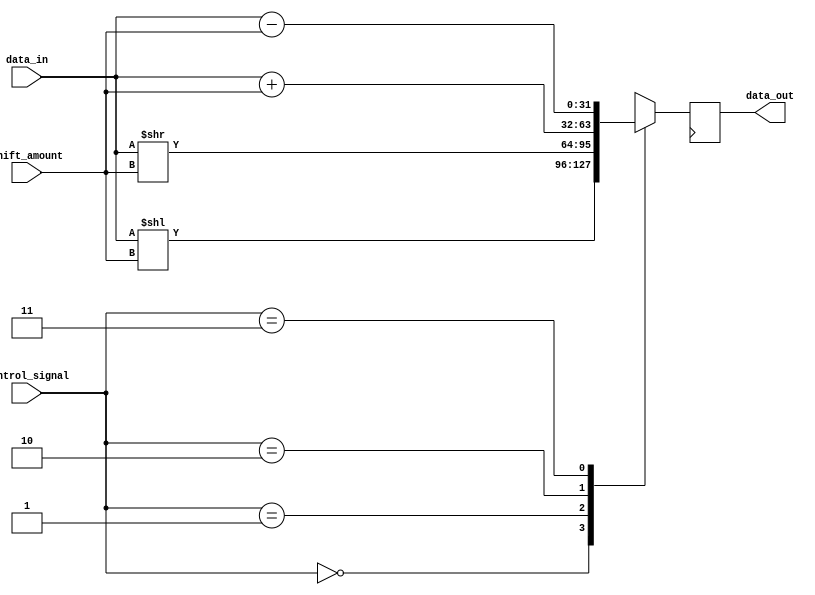
module barrel_shifter (
    input [31:0] data_in,
    input [4:0] shift_amount,
    input [1:0] control_signal,
    output reg [31:0] data_out
);

//define module inputs and outputs

//define internal signals
reg [31:0] temp_data;

//define barrel shifter logic
always @(*) begin
    case(control_signal)
        2'b00: temp_data = data_in << shift_amount;
        2'b01: temp_data = data_in >> shift_amount;
        2'b10: temp_data = data_in + shift_amount;
        2'b11: temp_data = data_in - shift_amount;
    endcase
end

//define output assignment
always @(posedge clk) begin
    data_out <= temp_data;
end

endmodule